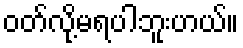
ဝတ်လို့မရပါဘူးဟယ်။